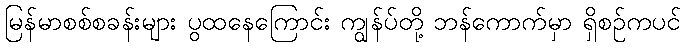
မြန်မာစစ်စခန်းများ ပွထနေကြောင်း ကျွန်ပ်တို့ ဘန်ကောက်မှာ ရှိစဉ်ကပင်